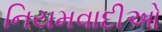
નિયમવાદીઓ